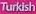
Turkey